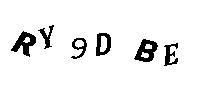
RY9DBE